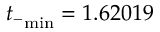
{ t _ { - } } _ { \mathrm { m i n } } = 1 . 6 2 0 1 9